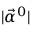
| \vec { \alpha } ^ { 0 } |